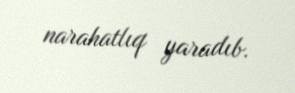
narahatlıq yaradıb.